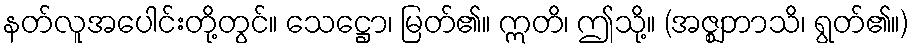
နတ်လူအပေါင်းတို့တွင်။ သေဋ္ဌော၊ မြတ်၏။ ဣတိ၊ ဤသို့။ (အဇ္ဈဘာသိ၊ ရွတ်၏။)